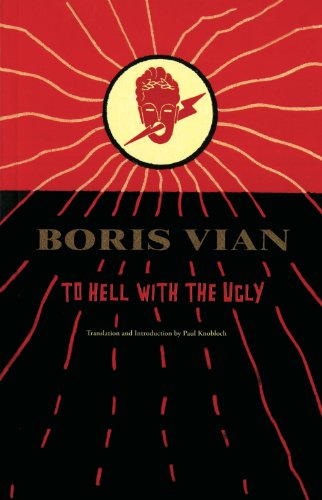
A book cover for To Hell With the Ugly; Boris Vian; Romance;